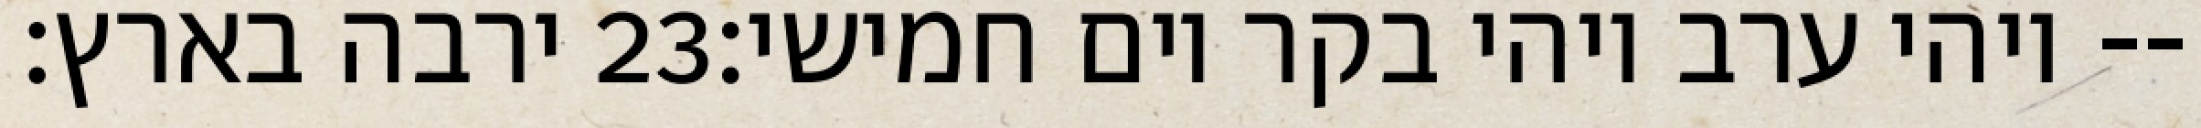
ירבה בארץ׃ ‎23‏ ויהי ערב ויהי בקר יום חמישי׃--